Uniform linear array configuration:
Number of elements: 24
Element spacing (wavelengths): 1
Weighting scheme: exponential
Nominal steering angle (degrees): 15
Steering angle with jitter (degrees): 13.159
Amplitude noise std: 0.05
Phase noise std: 0.05

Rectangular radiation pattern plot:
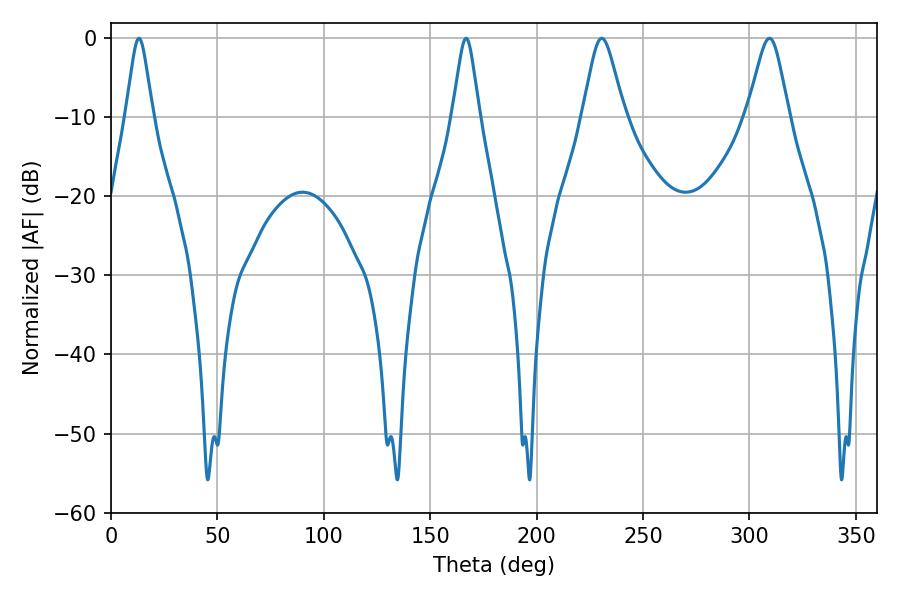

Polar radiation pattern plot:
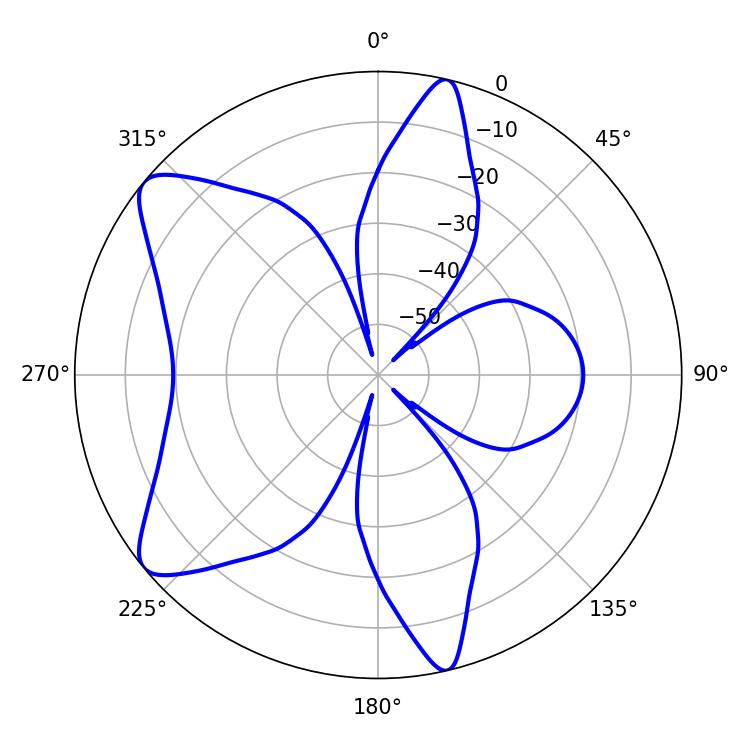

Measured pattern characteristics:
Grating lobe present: TRUE
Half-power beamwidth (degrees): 5.94
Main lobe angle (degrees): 13.14